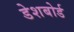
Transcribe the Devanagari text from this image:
डेशबोर्ड